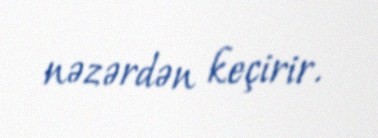
nəzərdən keçirir.